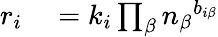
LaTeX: \begin{array}{rl}{r_{i}}&{{}=k_{i}\prod_{\beta}{n_{\beta}}^{b_{i\beta}}}\end{array}